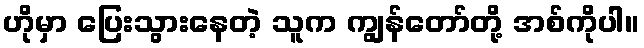
ဟိုမှာ ပြေးသွားနေတဲ့ သူက ကျွန်တော်တို့ အစ်ကိုပါ။